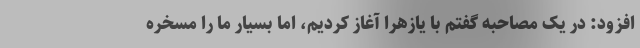
افزود: در یک مصاحبه گفتم با یازهرا آغاز کردیم، اما بسیار ما را مسخره